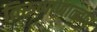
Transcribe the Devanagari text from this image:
तिरुप्पाणाळ्वार्